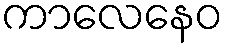
ကာလေနေဝ